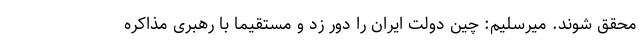
محقق شوند. میرسلیم: چین دولت ایران را دور زد و مستقیما با رهبری مذاکره